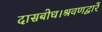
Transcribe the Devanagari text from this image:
दासबोध।श्रवणद्वारें